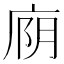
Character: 𫷮